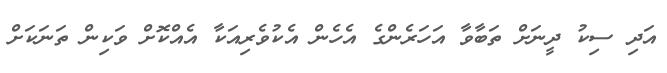
އަދި ސިކު ދީނަށް ތަބާވާ އަހަރެންގެ އެހެން އެކުވެރިއަކާ އެއްކޮށް ވަކިން ތަނަކަށް